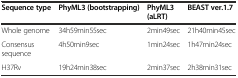
| Sequence type | PhyML3 (bootstrapping) | PhyML3 (aLRT) | BEAST ver.1.7 |
 | --- | --- | --- | --- |
 | Whole genome | 34h59min55sec | 2min49sec | 21h40min45sec |
 | Consensus sequence | 4h50min9sec | 1min24sec | 1h47min24sec |
 | H37Rv | 19h24min38sec | 2min37sec | 2h38min31sec |